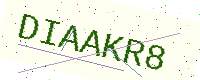
Text: DIAAKR8